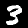
Label: 3